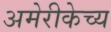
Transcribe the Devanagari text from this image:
अमेरीकेच्य